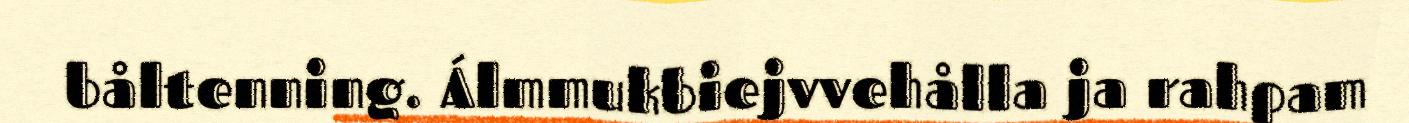
båltenning. Álmmukbiejvvehålla ja rahpam